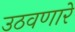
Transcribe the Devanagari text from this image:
उठवणारे